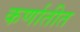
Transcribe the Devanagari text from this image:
कर्णातीत